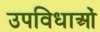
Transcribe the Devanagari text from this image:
उपविधाओं